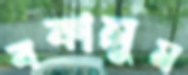
বকালুম